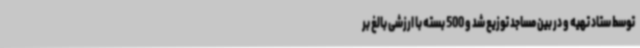
توسط ستاد تهیه و در بین مساجد توزیع شد و 500 بسته با ارزشی بالغ بر